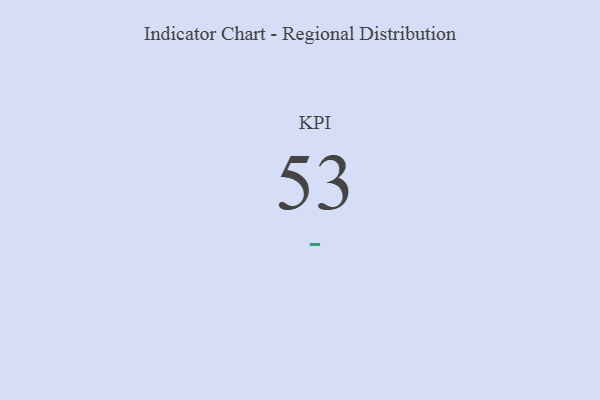
{"axis": {"x": "KPI", "y": "Value"}, "legend": [""], "data": [{"x": "KPI", "y": 53, "type": ""}]}